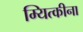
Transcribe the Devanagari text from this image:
म्यित्कीना